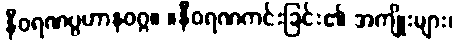
နီဝရဏပ္ပဟာနဝဂ္ဂ။ ။နီဝရဏကင်းခြင်း၏ အကျိုးများ၊